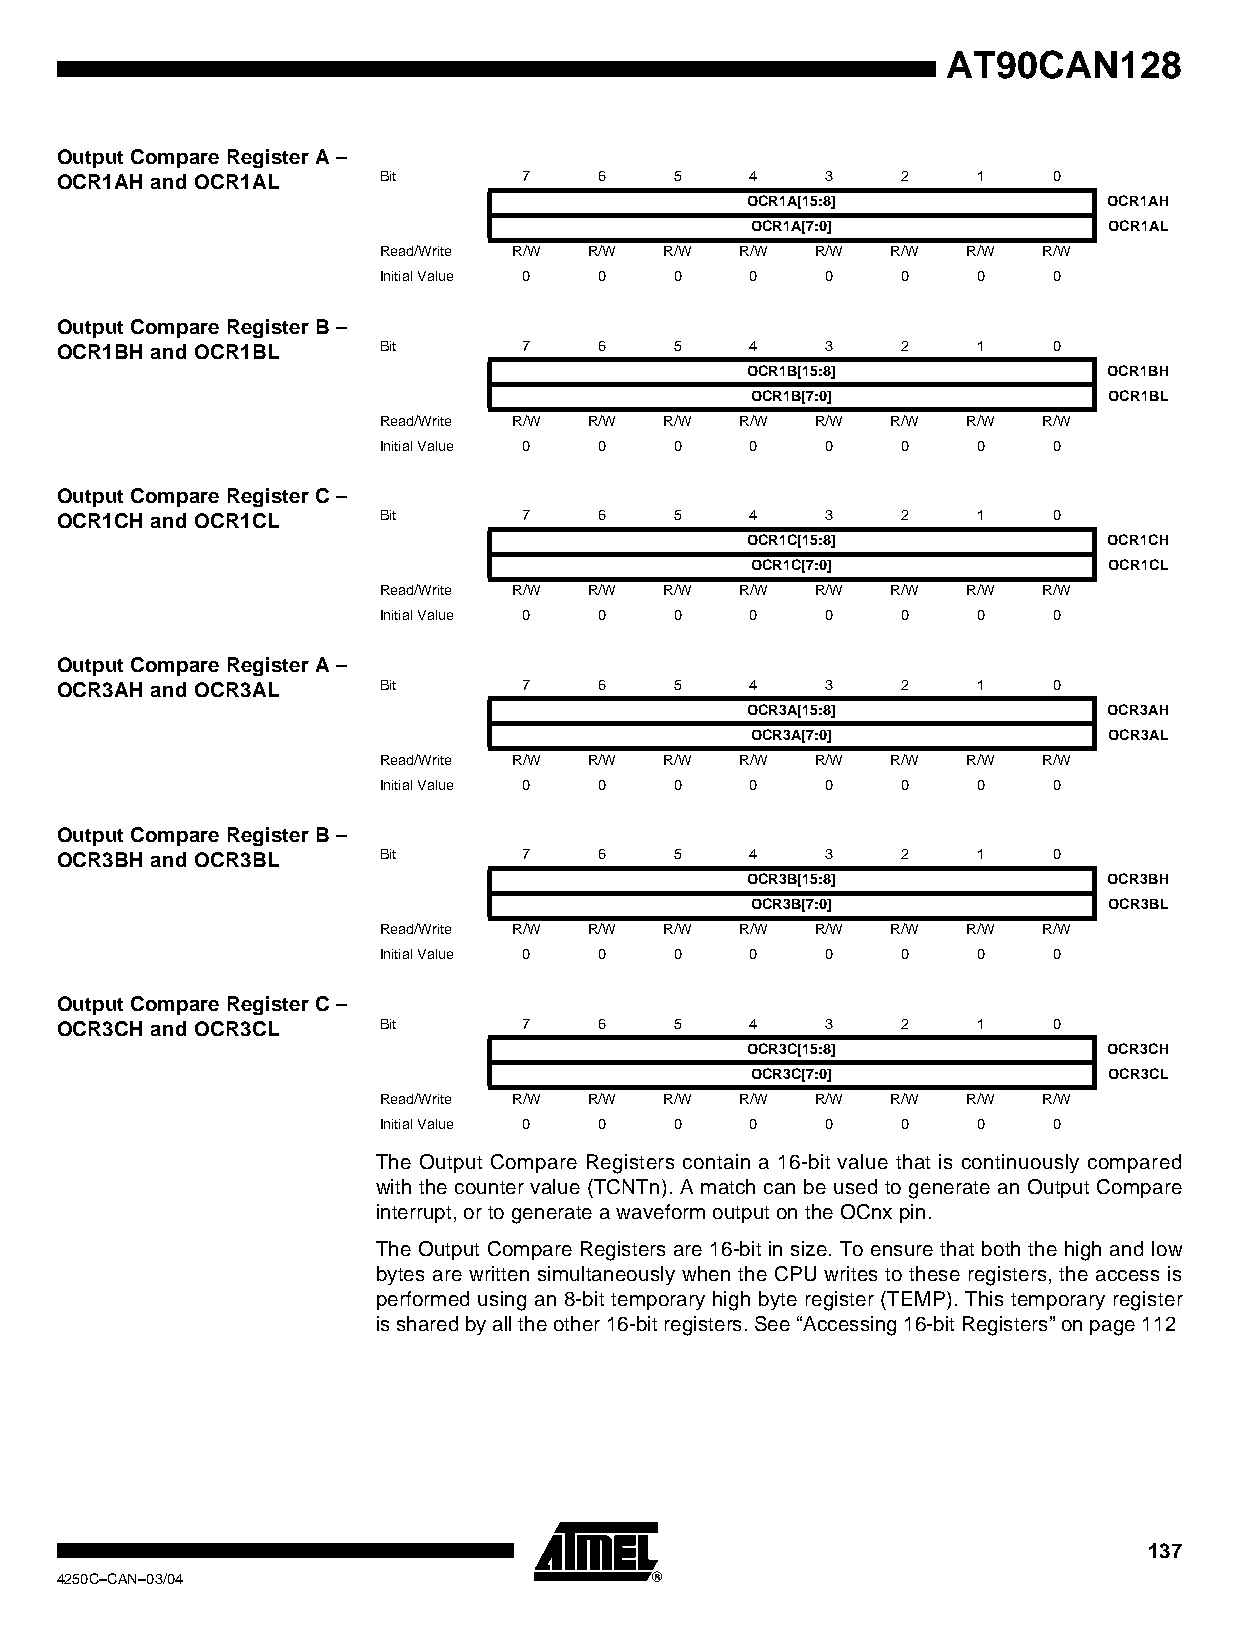
AT90CAN128
 Output Compare Register A –
 OCR1AH and OCR1AL    Bit       7    6    5    4    3    2    1    0
 OCR1A[15:8]             OCR1AH
 OCR1A[7:0]             OCR1AL
 Read/Write R/W R/W R/W  R/W  R/W  R/W  R/W  R/W
 Initial Value 0 0   0    0    0    0    0    0
 Output Compare Register B –
 OCR1BH and OCR1BL    Bit       7    6    5    4    3    2    1    0
 OCR1B[15:8]             OCR1BH
 OCR1B[7:0]             OCR1BL
 Read/Write R/W R/W R/W  R/W  R/W  R/W  R/W  R/W
 Initial Value 0 0   0    0    0    0    0    0
 Output Compare Register C –
 OCR1CH and OCR1CL    Bit       7    6    5    4    3    2    1    0
 OCR1C[15:8]             OCR1CH
 OCR1C[7:0]             OCR1CL
 Read/Write R/W R/W R/W  R/W  R/W  R/W  R/W  R/W
 Initial Value 0 0   0    0    0    0    0    0
 Output Compare Register A –
 OCR3AH and OCR3AL    Bit       7    6    5    4    3    2    1    0
 OCR3A[15:8]             OCR3AH
 OCR3A[7:0]             OCR3AL
 Read/Write R/W R/W R/W  R/W  R/W  R/W  R/W  R/W
 Initial Value 0 0   0    0    0    0    0    0
 Output Compare Register B –
 OCR3BH and OCR3BL    Bit       7    6    5    4    3    2    1    0
 OCR3B[15:8]             OCR3BH
 OCR3B[7:0]             OCR3BL
 Read/Write R/W R/W R/W  R/W  R/W  R/W  R/W  R/W
 Initial Value 0 0   0    0    0    0    0    0
 Output Compare Register C –
 OCR3CH and OCR3CL    Bit       7    6    5    4    3    2    1    0
 OCR3C[15:8]             OCR3CH
 OCR3C[7:0]             OCR3CL
 Read/Write R/W R/W R/W  R/W  R/W  R/W  R/W  R/W
 Initial Value 0 0   0    0    0    0    0    0
 The Output Compare Registers contain a 16-bit value that is continuously compared
 with the counter value (TCNTn). A match can be used to generate an Output Compare
 interrupt, or to generate a waveform output on the OCnx pin.
 The Output Compare Registers are 16-bit in size. To ensure that both the high and low
 bytes are written simultaneously when the CPU writes to these registers, the access is
 performed using an 8-bit temporary high byte register (TEMP). This temporary register
 is shared by all the other 16-bit registers. See “Accessing 16-bit Registers” on page 112
 137
 4250C–CAN–03/04